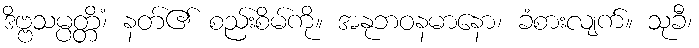
ဒိဗ္ဗသမ္ပတ္တိံ၊ နတ်၏ စည်းစိမ်ကို။ အနုဘဝနမာနော၊ ခံစားလျက်။ သုခီ၊